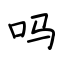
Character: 吗